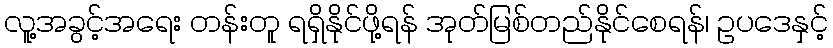
လူ့အခွင့်အရေး တန်းတူ ရရှိနိုင်ဖို့ရန် အုတ်မြစ်တည်နိုင်စေရန်၊ ဥပဒေနှင့်